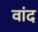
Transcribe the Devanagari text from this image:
वांद